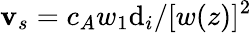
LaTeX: \mathbf{v}_{s}=c_{A}w_{1}\mathrm{d}_{i}/[w(z)]^{2}